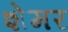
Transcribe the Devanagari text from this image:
शेमर